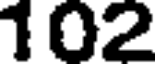
102